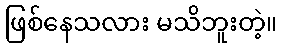
ဖြစ်နေသလား မသိဘူးတဲ့။